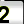
Digit: 2